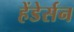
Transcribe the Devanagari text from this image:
हेंडेर्सन